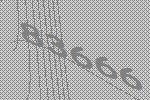
83666